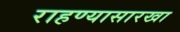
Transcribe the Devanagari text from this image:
राहण्यासारखा